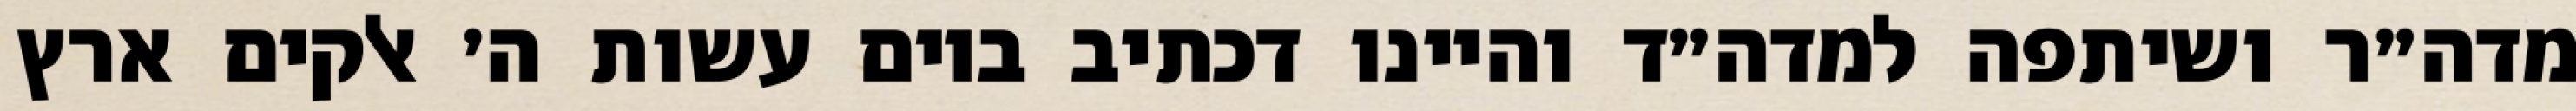
מדה״ר ושיתפה למדה״ד והיינו דכתיב ביום עשות ה׳ אלקים ארץ